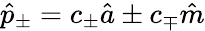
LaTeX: \hat{p}_{\pm}=c_{\pm}\hat{a}\pm c_{\mp}\hat{m}